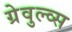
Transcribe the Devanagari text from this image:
ग्रेवुल्व्स